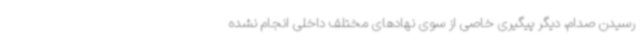
رسیدن صدام، دیگر پیگیری خاصی از سوی نهادهای مختلف داخلی انجام نشده